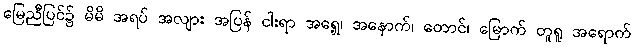
မြေညီပြင်၌ မိမိ အရပ် အလျား အပြန် ငါးရာ အရှေ့၊ အနောက်၊ တောင်၊ မြောက် တူရူ အရောက်